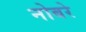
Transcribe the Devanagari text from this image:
नोबरे